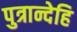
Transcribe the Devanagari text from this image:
पुत्रान्देहि